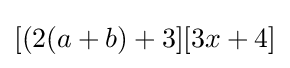
[(2(a+b)+3][3x+4]